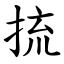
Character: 㧧